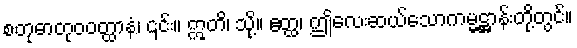
စတုဓာတုဝဝတ္ထာနံ၊ ၎င်း။ ဣတိ၊ သို့။ ဧတ္ထ၊ ဤလေးဆယ်သောကမ္မဋ္ဌာန်းတို့တွင်။